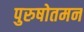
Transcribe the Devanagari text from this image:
पुरुषोतमन